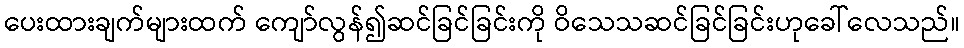
ပေးထားချက်များထက် ကျော်လွန်၍ဆင်ခြင်ခြင်းကို ဝိသေသဆင်ခြင်ခြင်းဟုခေါ်လေသည်။